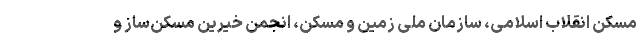
مسکن انقلاب اسلامی، سازمان ملی زمین و مسکن، انجمن خیرین مسکن‌ساز و